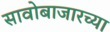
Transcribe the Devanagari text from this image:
सावोबाजारच्या